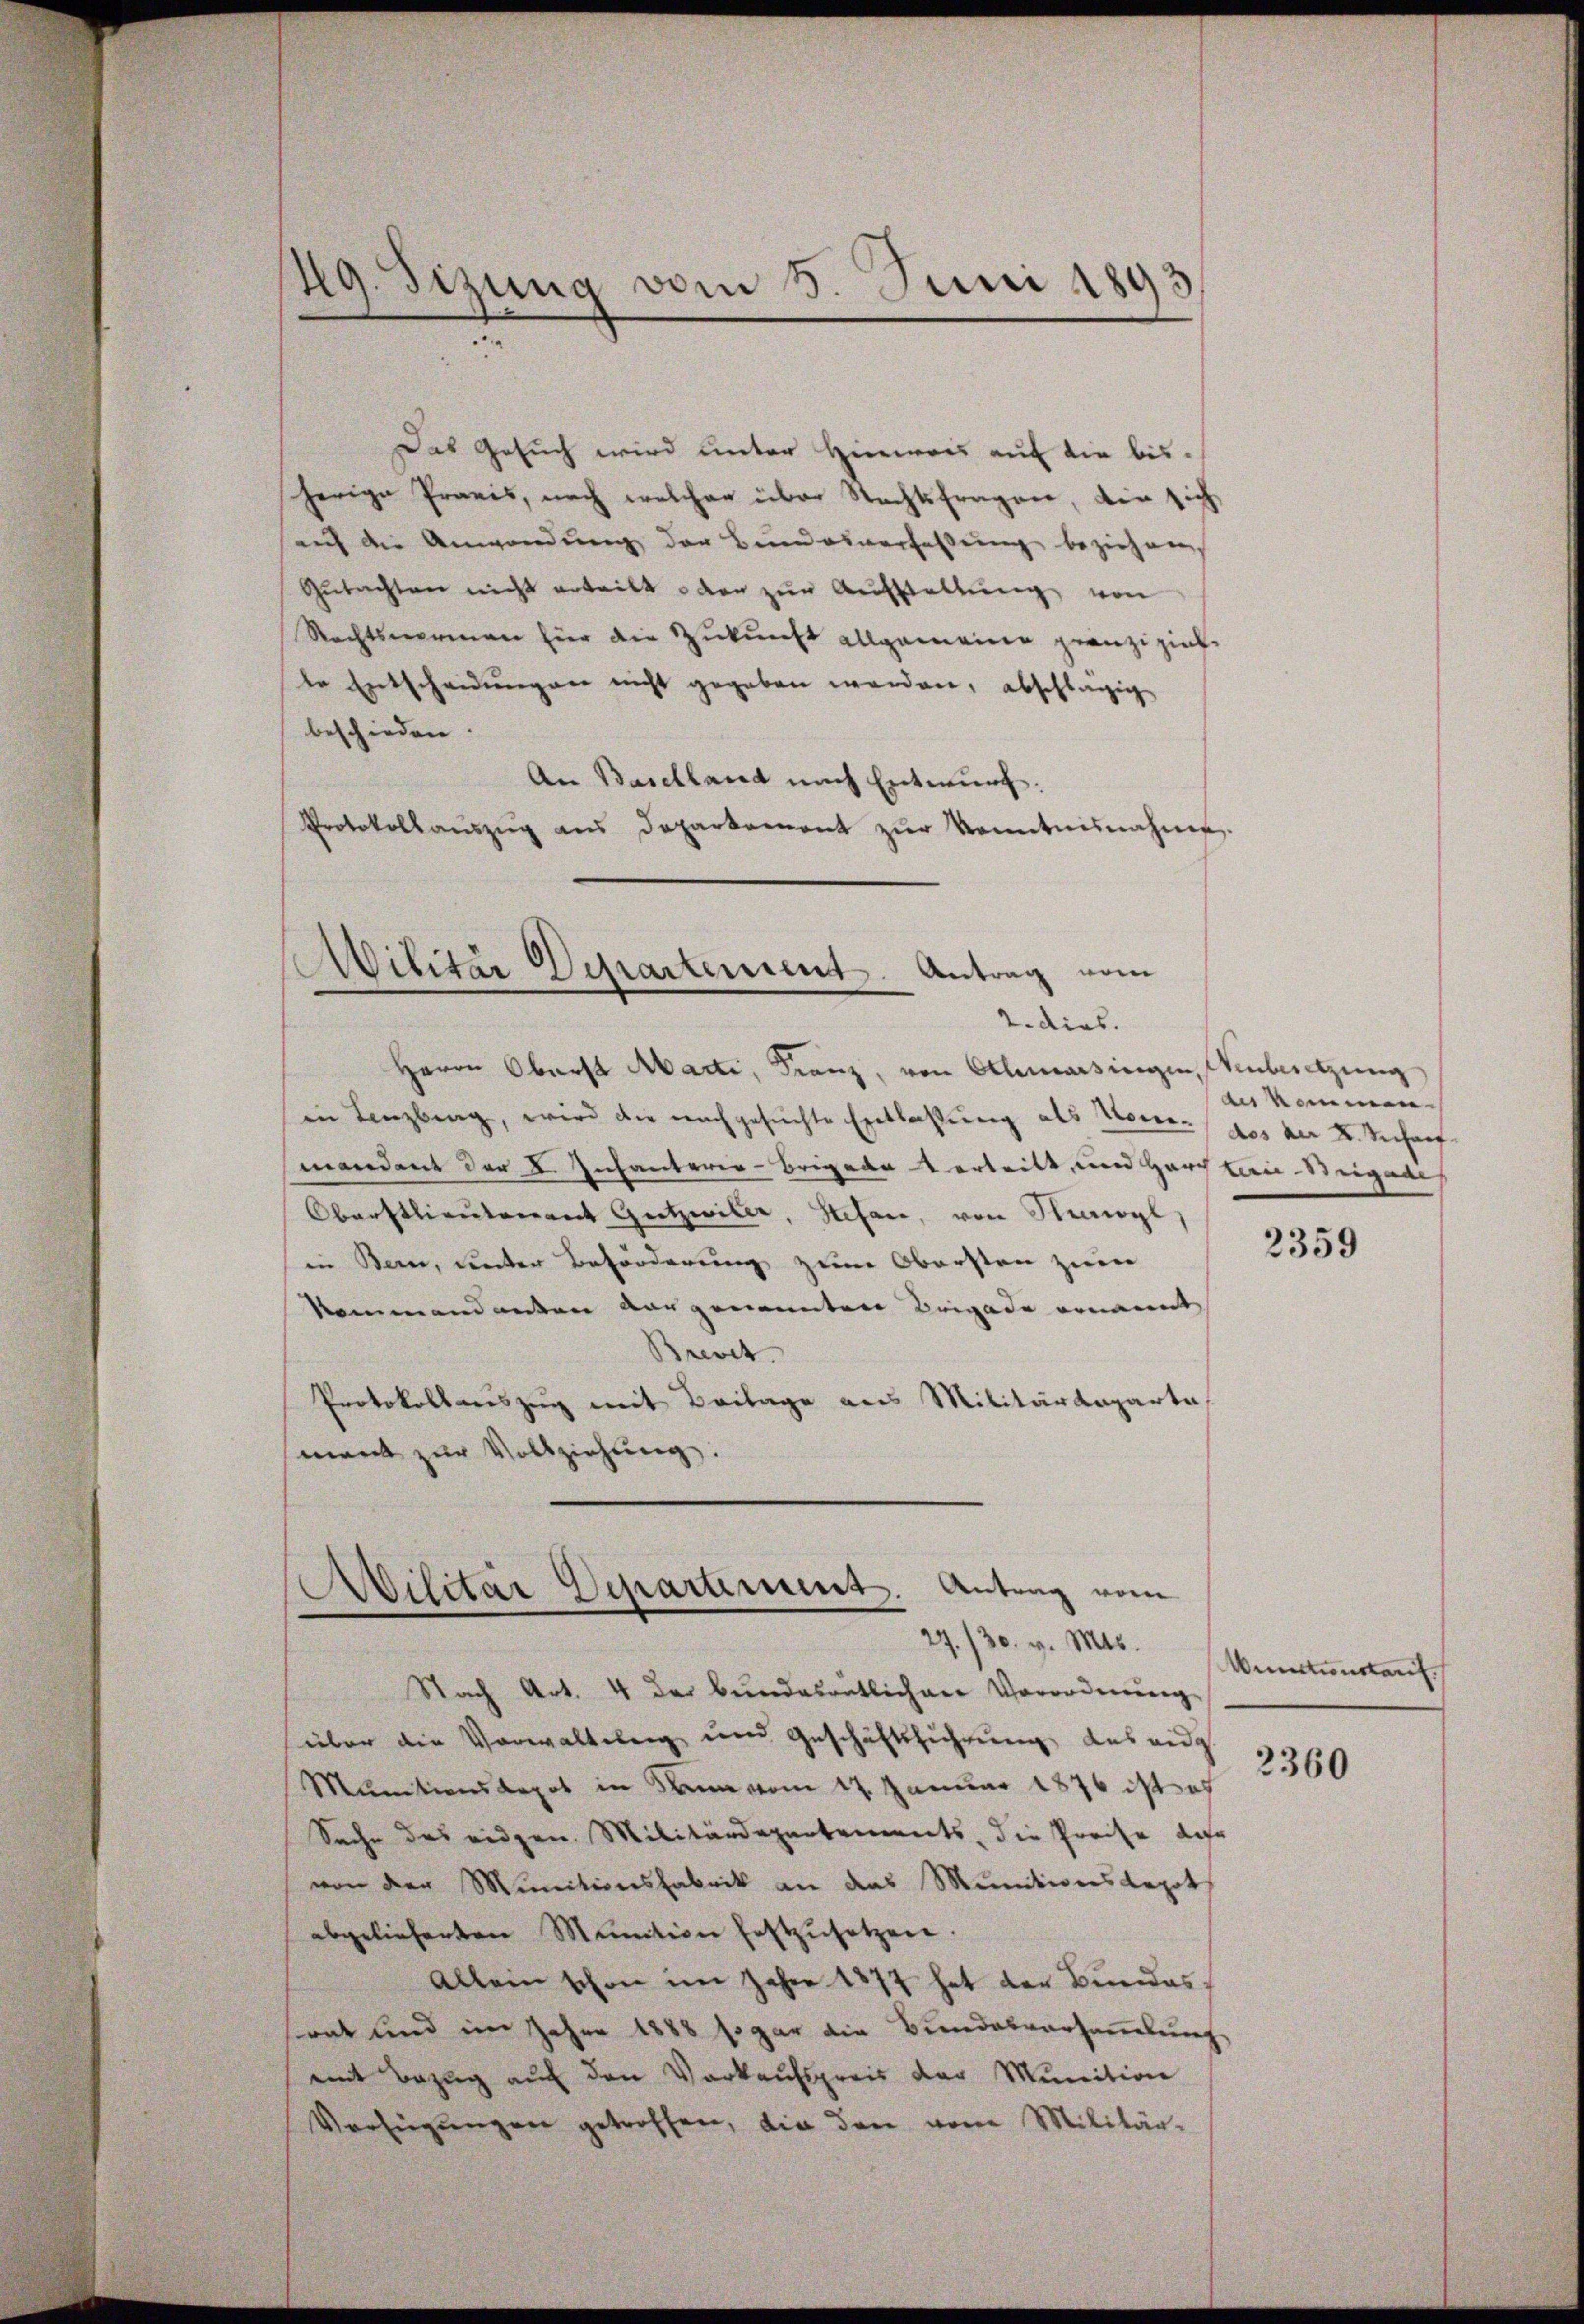
49. Sizung vom 8. Juni 1893.

Das Gesuch wird unter Hinweis auf die bis-
herige Praxis, noch welcher über Rechtsfragen, die sich
auf die Anwendung der Bundesverfassung beziehen
Gŭtachten nicht erteilt der zŭr Aŭfstellŭng von
Rechtsnormen hier die Zukunft allgemeine granzipielte Entscheidungen nicht gegeben werden, abschlägig
beschieden.
An Baselland nach Entwurf.
Protokollaŭszŭg ans Deparkament zŭr Kenntnisnahme.

Militär Departement. Antrag vom
2. dies.

Herrn Oberst Marti, Franz, von Othmarsingen, Weibesetzung
in Lenzberg, wird die nachgesŭchte Entlaßung als Horen des der K. Recharf
mandant der I. Infanterie-Brigadet erteilt, und Harch kan-Steigen
Oberstlieutenant Gützwiler, Stefan, von Heerwyl
in Bern, unter Beforderung zum Obersten zum
kommandanten vorgenannten Brigade ernannt
Brevet
Protokollauszug mit Beilage aus Militärdeparte
mant zur Vollziehung.

d
Wilitär Departement. Antrag vom
27./30. v. Mts.

Nach Art. 4 der bundesrätlichen Verordnŭng
über die Vorwaltung und Geschäftsführung aus ang
Munitionsdepot in Dann vom 17. Januar 1876 ist es
Sache des eidgen. Militärdepartements, die Preise dar
von der Minitionsfabrik an das Munitionsdepot
abgelieferten Munition festzŭsetzen.
Allein schon im Jahre 1877 hat der Bundes
srat und im Jahre 1888 sogar die Bundesversammlung
mit Bezug auf den Vorkaufspreis der Munition
Verfügŭngen getroffen, die den vom Militär-

des kommen

2359

Wunctionstauf

2360